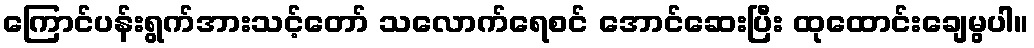
ကြောင်ပန်းရွက်အားသင့်တော် သလောက်ရေစင် အောင်ဆေးပြီး ထုထောင်းချေမွပါ။